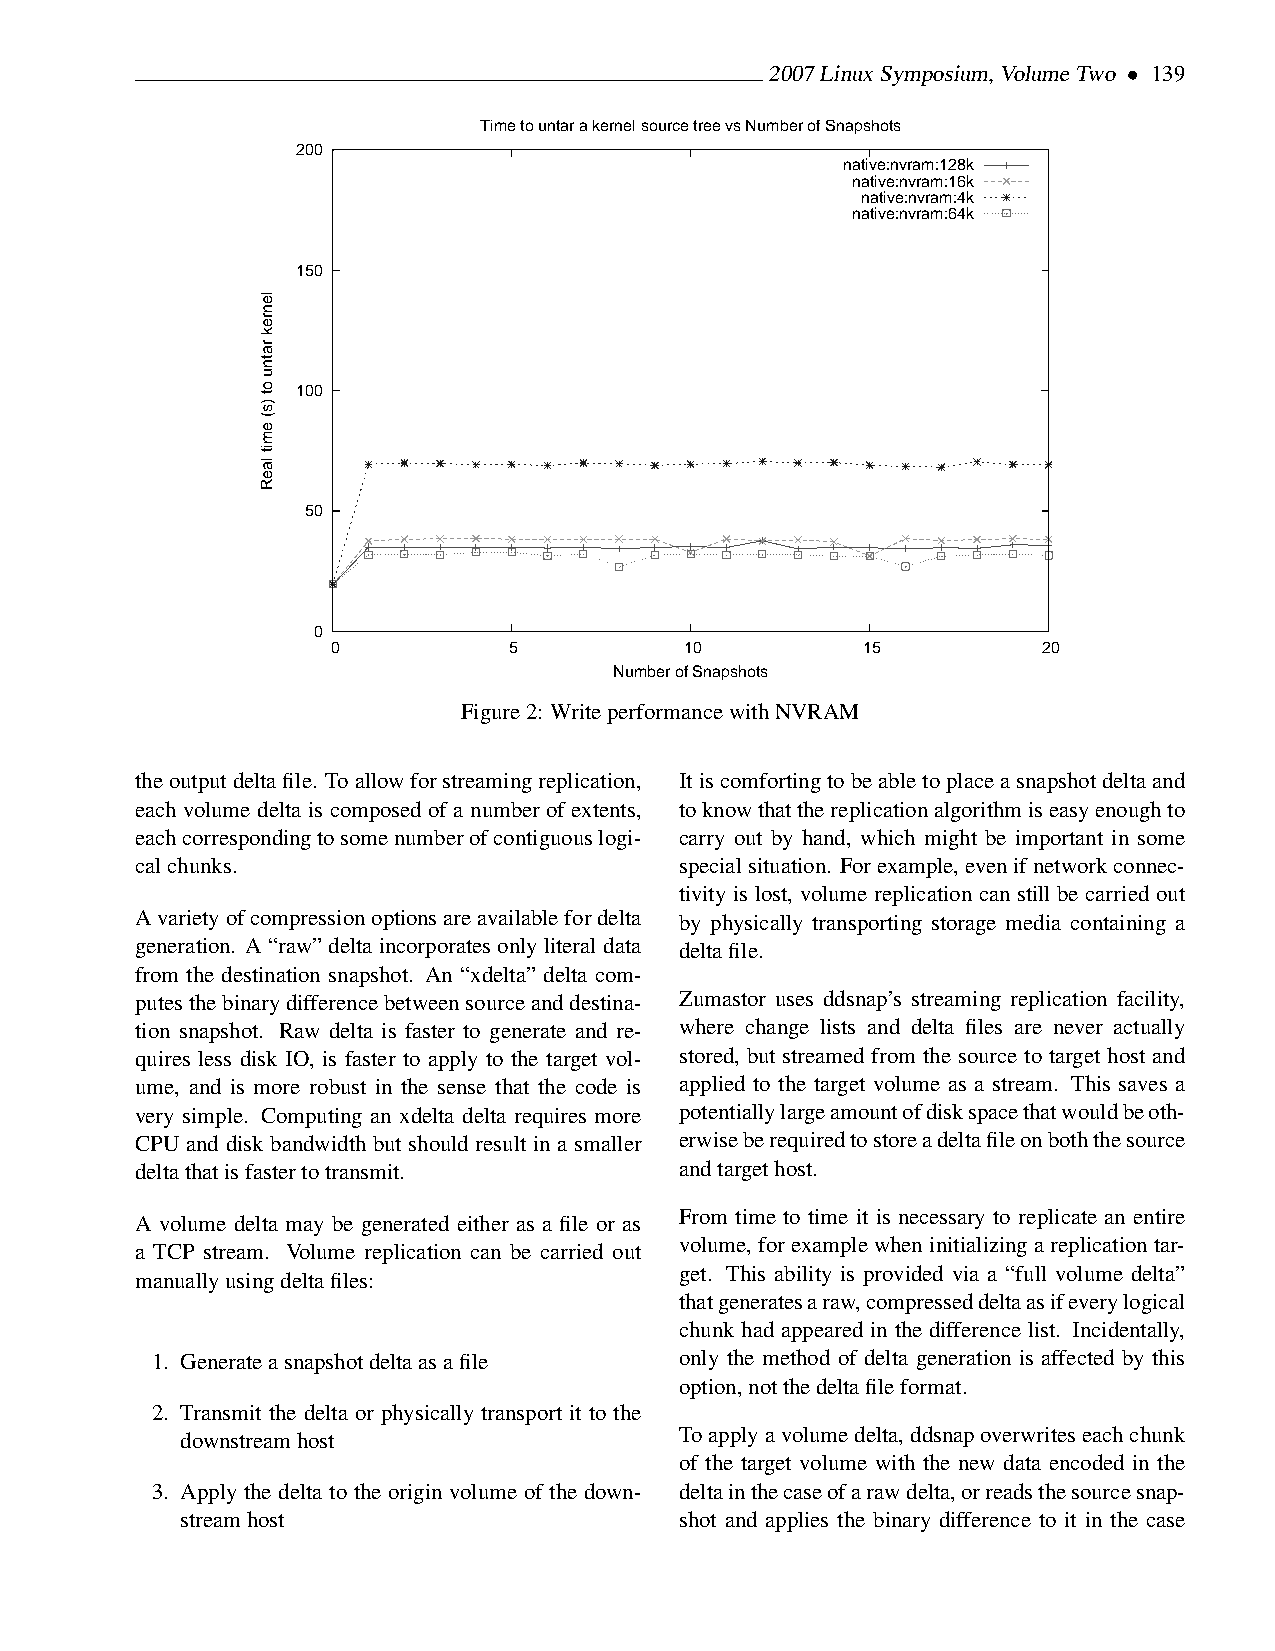
2007LinuxSymposium,VolumeTwo • 139
 Time to untar a kernel source tree vs Number of Snapshots
 200
 native:nvram:128k
 native:nvram:16k
 native:nvram:4k
 native:nvram:64k
 150
 100
 50
 0
 0           5          10          15          20
 Number of Snapshots
 Figure2: WriteperformancewithNVRAM
 theoutputdeltafile. Toallowforstreamingreplication, Itiscomfortingtobeabletoplaceasnapshotdeltaand
 each volume delta is composed of a number of extents, toknowthatthereplicationalgorithmiseasyenoughto
 eachcorrespondingtosomenumberofcontiguouslogi- carry out by hand, which might be important in some
 calchunks.                          specialsituation. Forexample,evenifnetworkconnec-
 tivity is lost, volume replication can still be carried out
 Avarietyofcompressionoptionsareavailablefordelta by physically transporting storage media containing a
 generation. A “raw” delta incorporates only literal data deltafile.
 from the destination snapshot. An “xdelta” delta com-
 putesthebinarydifferencebetweensourceanddestina- Zumastor uses ddsnap’s streaming replication facility,
 tion snapshot. Raw delta is faster to generate and re- where change lists and delta files are never actually
 quires less disk IO, is faster to apply to the target vol- stored, but streamed from the source to target host and
 ume, and is more robust in the sense that the code is applied to the target volume as a stream. This saves a
 very simple. Computing an xdelta delta requires more potentiallylargeamountofdiskspacethatwouldbeoth-
 CPU and disk bandwidth but should result in a smaller erwiseberequiredtostoreadeltafileonboththesource
 deltathatisfastertotransmit.        andtargethost.
 From time to time it is necessary to replicate an entire
 A volume delta may be generated either as a file or as
 volume, forexamplewheninitializingareplicationtar-
 a TCP stream. Volume replication can be carried out
 get. This ability is provided via a “full volume delta”
 manuallyusingdeltafiles:
 thatgeneratesaraw,compresseddeltaasifeverylogical
 chunk had appeared in the difference list. Incidentally,
 1. Generateasnapshotdeltaasafile   only the method of delta generation is affected by this
 option,notthedeltafileformat.
 2. Transmit the delta or physically transport it to the
 downstreamhost                   Toapplyavolumedelta,ddsnapoverwriteseachchunk
 of the target volume with the new data encoded in the
 3. Apply the delta to the origin volume of the down- deltainthecaseofarawdelta,orreadsthesourcesnap-
 streamhost                       shot and applies the binary difference to it in the case
 lenrek
 ratnu
 ot
 )s(
 emit
 laeR